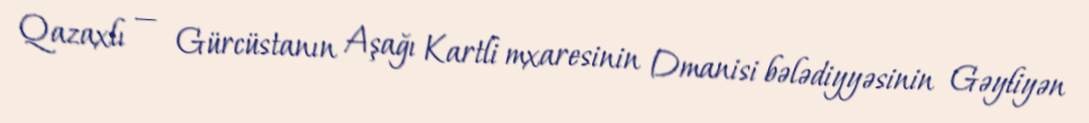
Qazaxlı — Gürcüstanın Aşağı Kartli mxaresinin Dmanisi bələdiyyəsinin Gəyliyən